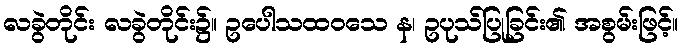
လခွဲတိုင်း လခွဲတိုင်း၌။ ဥပေါသထဝသေ န၊ ဥပုသ်ပြုခြင်း၏ အစွမ်းဖြင့်။